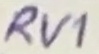
Text: RV1